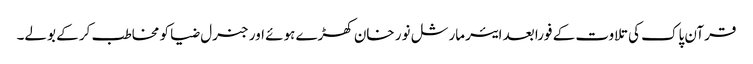
قرآن پاک کی تلاوت کے فورا بعد ایئرمارشل نور خان کھڑے ہوئے اور جنرل ضیا کو مخاطب کر کے بولے۔